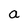
Character: a